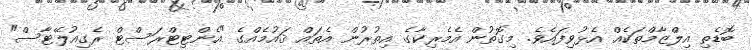
ބޮޑެތި އިލްޒާމްތަކެއް އެޅުވިފައެވެ. މިގޮތުން އެމެރިކާގެ އިތުރުން އެތައް ޤައުމެއްގެ "އެންޓިޓްރަސްޓް ރެގިއުލޭޓާސް"